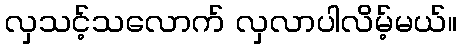
လှသင့်သလောက် လှလာပါလိမ့်မယ်။